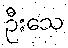
ဦးသေ